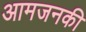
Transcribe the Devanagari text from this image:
आमजनकी